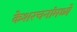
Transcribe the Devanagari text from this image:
केशरचनांमध्ये